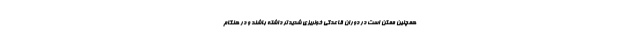
همچنین ممکن است در دوران قاعدگی خونریزی شدیدتر داشته باشند و در هنگام